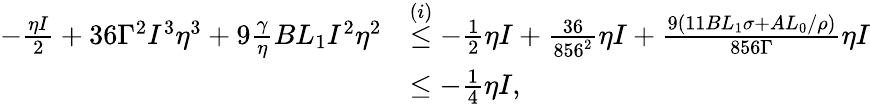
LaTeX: \begin{array}{rl}{-\frac{\eta I}{2}+36\Gamma^{2}I^{3}\eta^{3}+9\frac{\gamma}{\eta}BL_{1}I^{2}\eta^{2}}&{\stackrel{(i)}{\leq}-\frac{1}{2}\eta I+\frac{36}{856^{2}}\eta I+\frac{9(11BL_{1}\sigma+AL_{0}/\rho)}{856\Gamma}\eta I}\\ &{\leq-\frac{1}{4}\eta I,}\end{array}